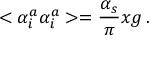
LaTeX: < \alpha _ { i } ^ { a } \alpha _ { i } ^ { a } > = \frac { \alpha _ { s } } { \pi } x g \, .